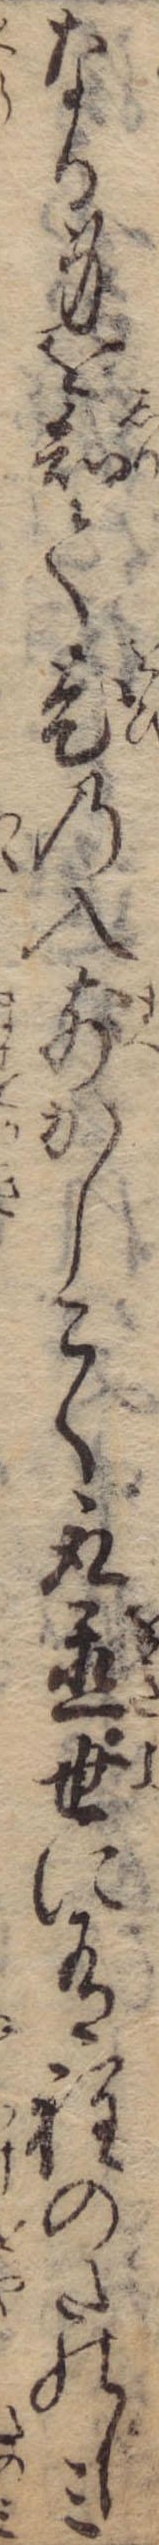
なる身を知て老の入前かしこく取置世に有程のたのしみ